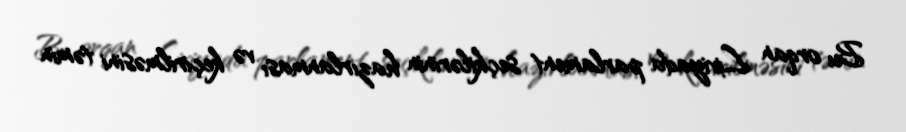
Bu orqan Liviyada parlament seçkilərinin hazırlanması və keçirilməsini təmin